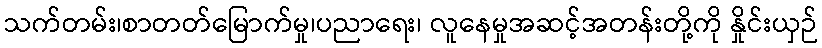
သက်တမ်း၊စာတတ်မြောက်မှု၊ပညာရေး၊ လူနေမှုအဆင့်အတန်းတို့ကို နှိုင်းယှဉ်